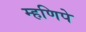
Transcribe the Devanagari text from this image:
म्हणिपे